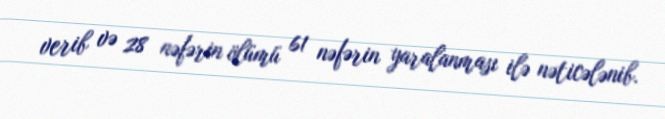
verib və 28 nəfərin ölümü 61 nəfərin yaralanması ilə nəticələnib.